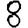
Digit: 8